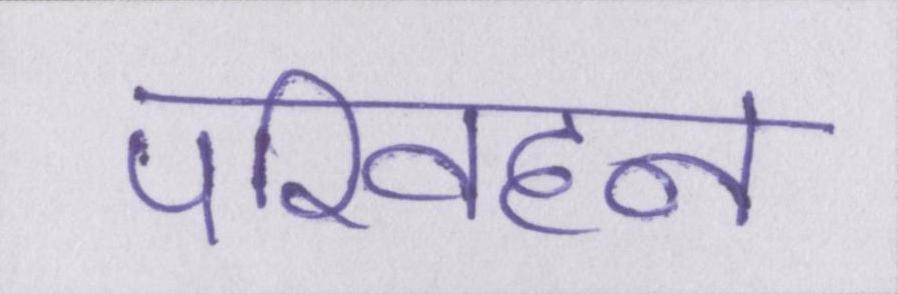
परिवहन